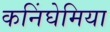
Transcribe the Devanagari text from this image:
कनिंघेमिया